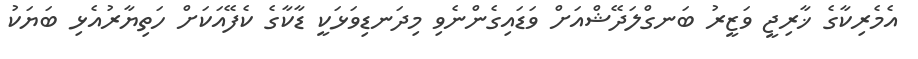
އެމެރިކާގެ ޚާރިޖީ ވަޒީރު ބަނގްލަދޭޝްއަށް ވަޑައިގެންނެވި މިދަނޑިވަޅަކީ ޑާކާގެ ކެފޭއަކަށް ހަތިޔާރުއެޅި ބަޔަކު